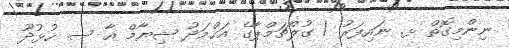
ނިންމިގޮތް ޅ. ނައިފަރު / ގުލްޗަމްޕާގެ އަޙްމަދު ޝިޔާމް އާ ސ. ހުޅުދޫ